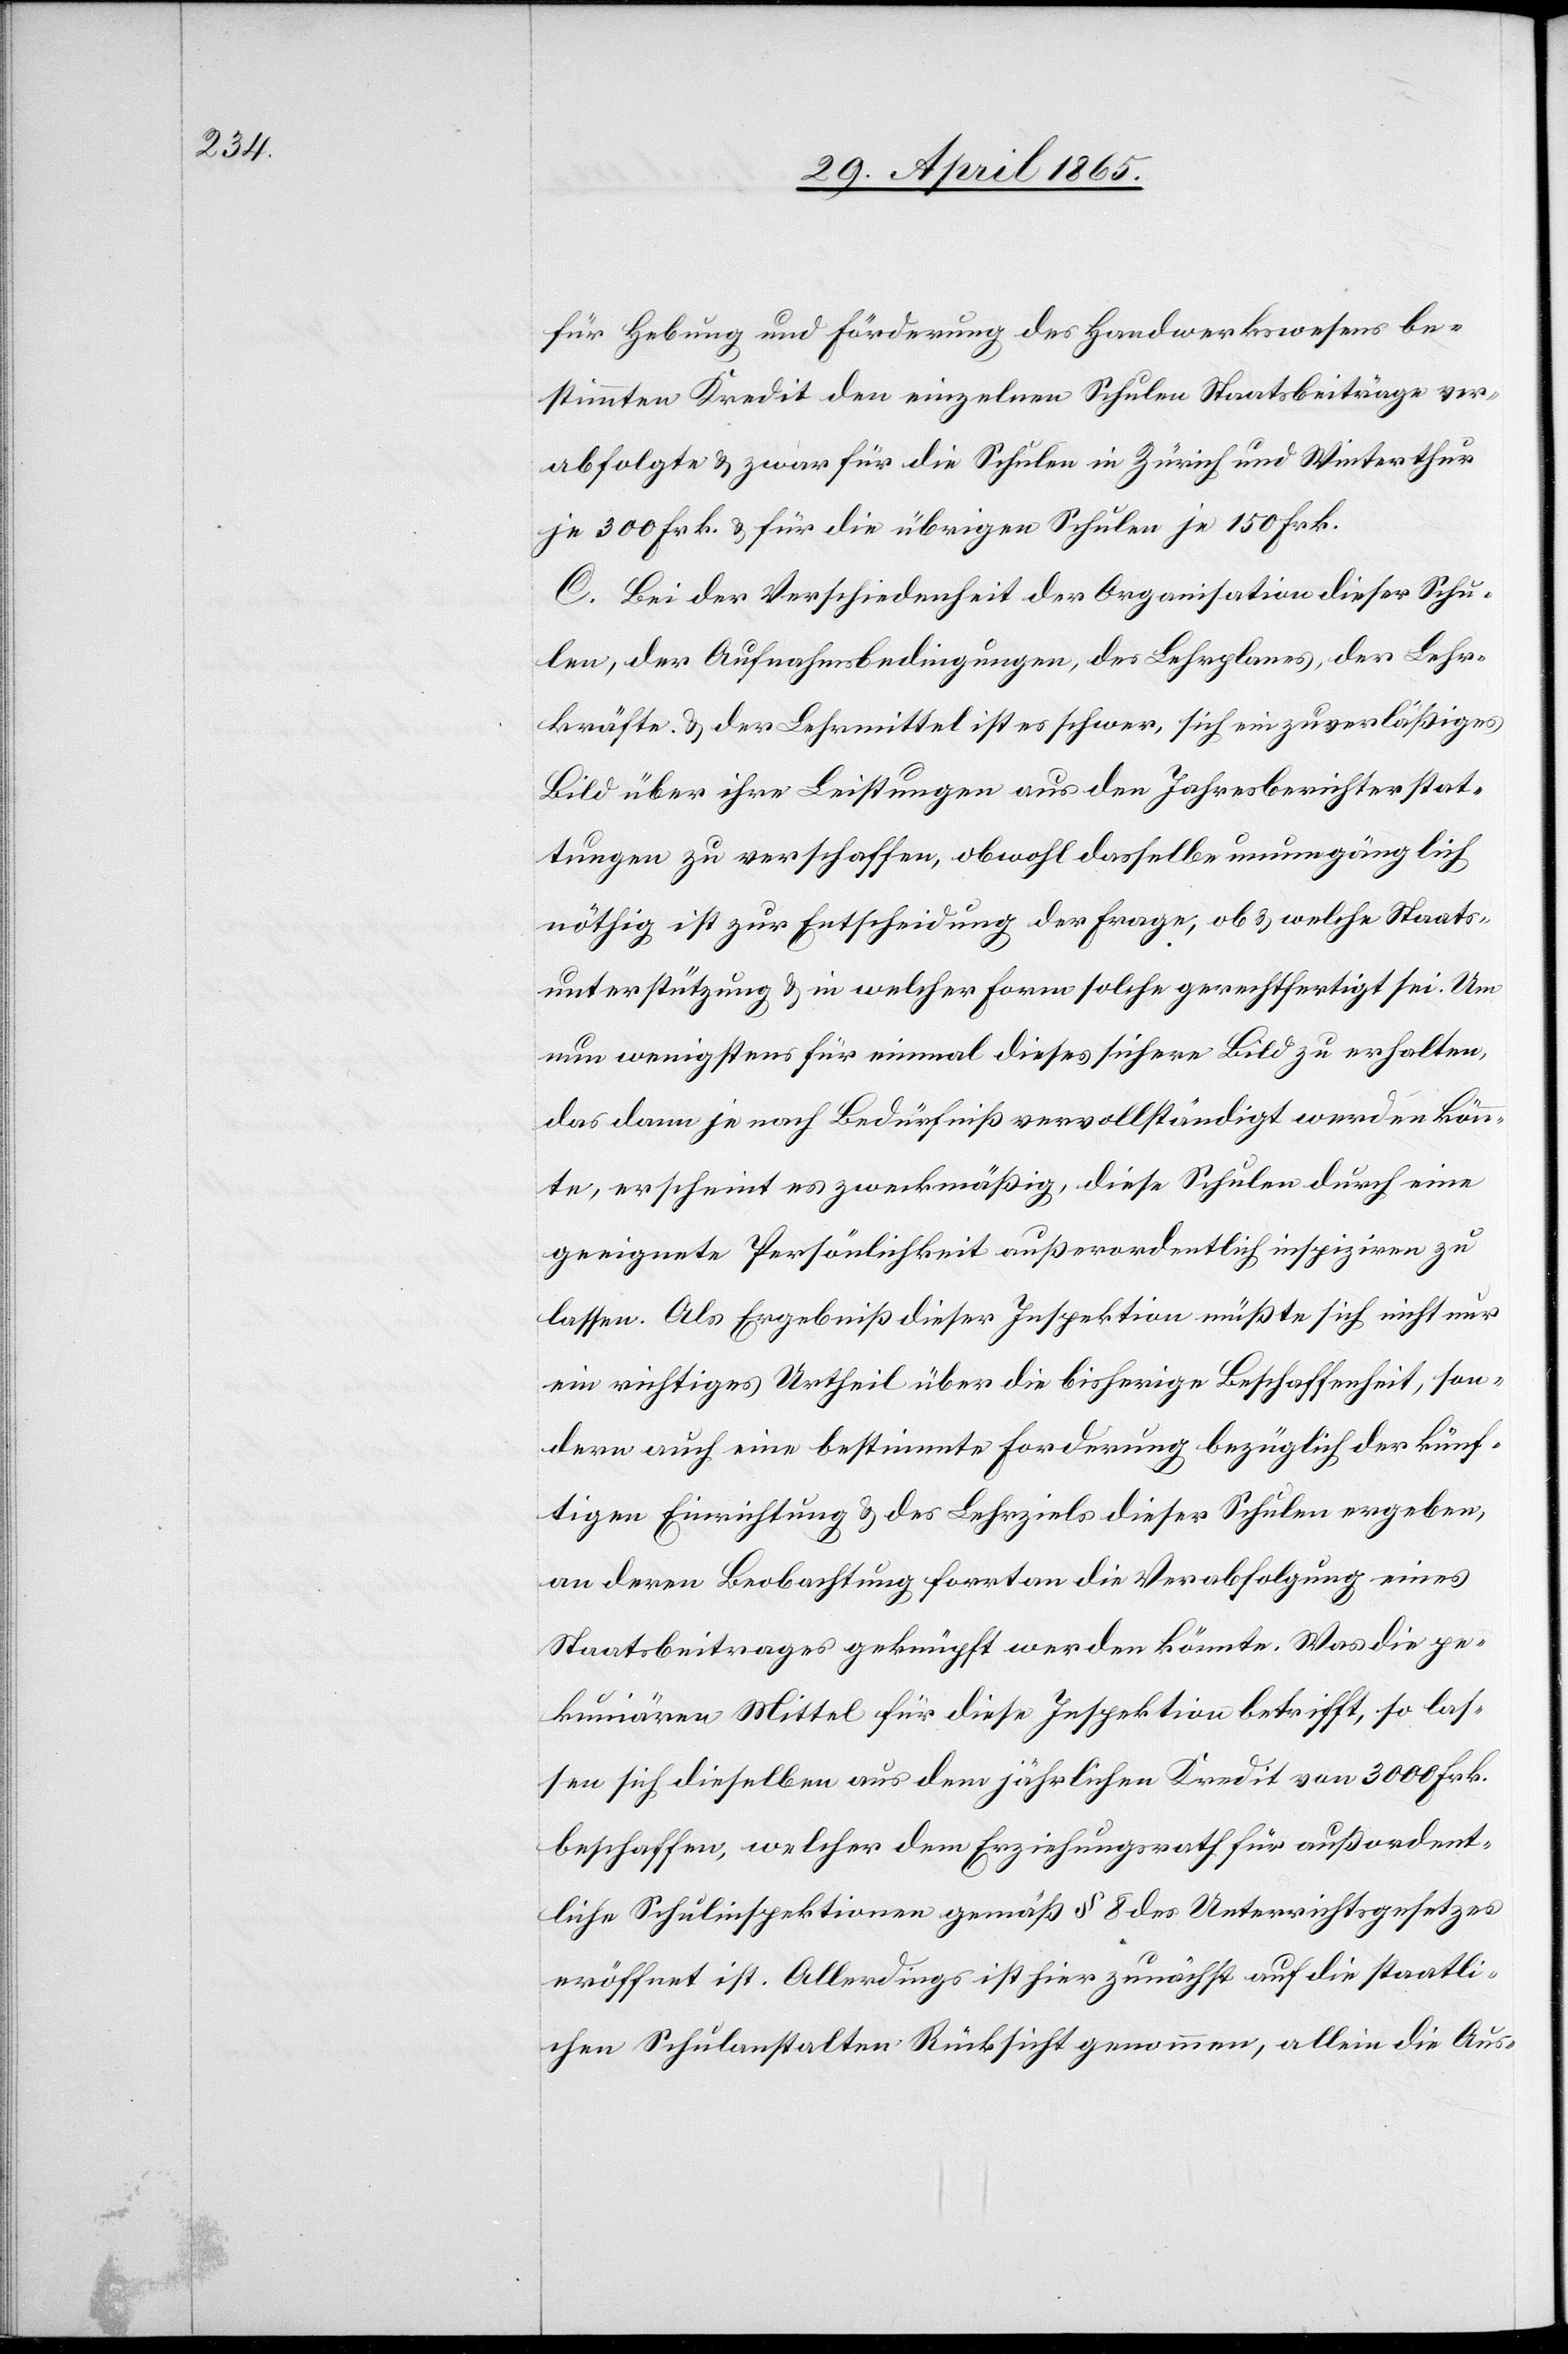
für Hebung und Förderung des Handwerkswesens be¬
stimmten Kredit den einzelnen Schulen Staatsbeiträge ver¬
abfolgte & zwar für die Schulen in Zürich und Winterthur
je 300 Frk. & für die übrigen Schulen je 150 Frk.
C. Bei der Verschiedenheit der Organisation dieser Schu¬
len, der Aufnahmsbedingungen, des Lehrplanes, der Lehr¬
kräfte & der Lehrmittel ist es schwer, sich ein zuverläßiges
Bild über ihre Leistungen aus den Jahresberichterstat¬
tungen zu verschaffen, obwohl dasselbe unumgänglich
nöthig ist zur Entscheidung der Frage, ob & welche Staats¬
unterstützung & in welcher Form solche gerechtfertigt sei. Um
nun wenigstens für einmal dieses sichere Bild zu erhalten,
das dann je nach Bedürfniß vervollständigt werden könn¬
te, erscheint es zweckmäßig, diese Schulen durch eine
geeignete Persönlichkeit außerordentlich inspiziren zu
lassen. Als Ergebniß dieser Inspektion müßte sich nicht nur
ein richtiges Urtheil über die bisherige Beschaffenheit, son¬
dern auch eine bestimmte Forderung bezüglich der künf¬
tigen Einrichtung & des Lehrziels dieser Schule ergeben,
an deren Beobachtung forrtan [sic!] die Verabfolgung eines
Staatsbeitrages geknüpft werden könnte. Was die pe¬
kuniären Mittel für diese Inspektion betrifft, so las¬
sen sich dieselben aus dem jährlichen Kredit von 3000 Frk.
beschaffen, welcher dem Erziehungsrath für außerordent¬
liche Schulinspektionen gemäß § 8 des Unterrichtsgesetzes
eröffnet ist. Allerdings ist hier zunächst auf die staatli¬
chen Schulanstalten Rücksicht genommen, allein die Aus-